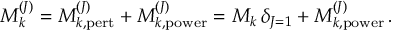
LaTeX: { \cal M } _ { k } ^ { ( J ) } = { \cal M } _ { k , \mathrm { p e r t } } ^ { ( J ) } + { \cal M } _ { k , \mathrm { p o w e r } } ^ { ( J ) } = M _ { k } \, \delta _ { J = 1 } + { \cal M } _ { k , \mathrm { p o w e r } } ^ { ( J ) } \, .